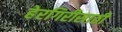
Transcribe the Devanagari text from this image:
हेरगिरीसाठी